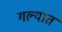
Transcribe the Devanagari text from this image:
गल्यात